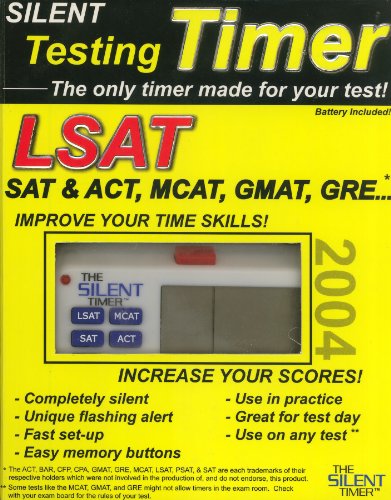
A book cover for The Silent Testing Timer for LSAT, SAT & ACT, MCAT, GMAT, GRE; Test Preparation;